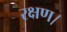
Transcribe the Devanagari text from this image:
रक्षण।